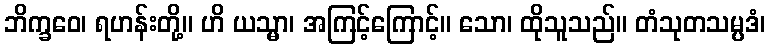
ဘိက္ခဝေ၊ ရဟန်းတို့။ ဟိ ယသ္မာ၊ အကြင့်ကြောင့်။ သော၊ ထိုသူသည်။ တံသုတသမ္ပဒံ၊